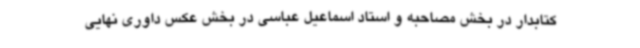
کتابدار در بخش مصاحبه و استاد اسماعیل عباسی در بخش عکس داوری نهایی